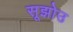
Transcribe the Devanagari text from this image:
सूझोउ